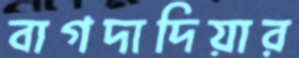
বাগদাদিয়ার